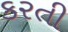
કરતી